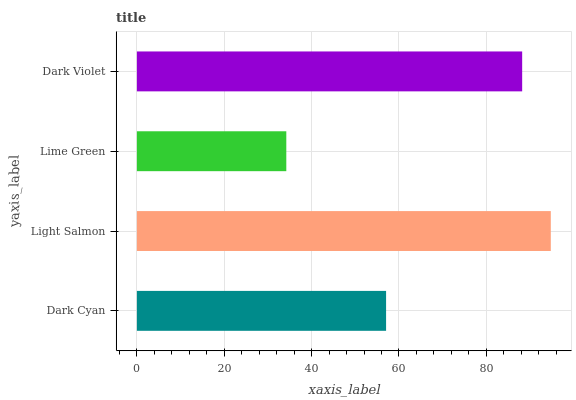
| yaxis_label | bars |
 | --- | --- |
 | Dark Cyan | 57 |
 | Light Salmon | 94.8 |
 | Lime Green | 34.2 |
 | Dark Violet | 88.2 |